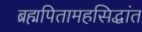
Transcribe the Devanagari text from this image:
ब्रह्मपितामहसिद्धांत